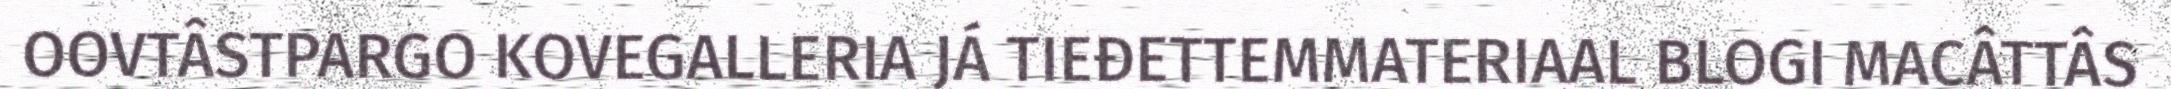
OOVTÂSTPARGO KOVEGALLERIA JÁ TIEĐETTEMMATERIAAL BLOGI MACÂTTÂS